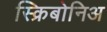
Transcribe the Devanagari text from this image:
स्क्रिबोनिअ